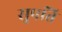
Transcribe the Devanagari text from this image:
सुपति